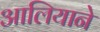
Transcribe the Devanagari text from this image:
आलियाने